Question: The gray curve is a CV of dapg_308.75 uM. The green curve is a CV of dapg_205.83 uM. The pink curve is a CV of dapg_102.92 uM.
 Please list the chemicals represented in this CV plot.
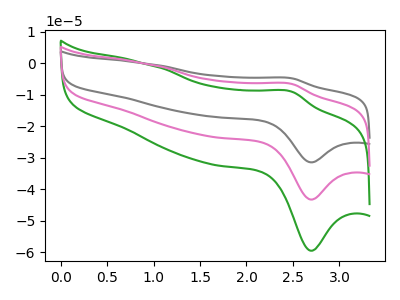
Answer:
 <answer>The gray curve is labeled "dapg_308.75 uM". The green curve is labeled "dapg_205.83 uM". The pink curve is labeled "dapg_102.92 uM".</answer>
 <eval></eval>